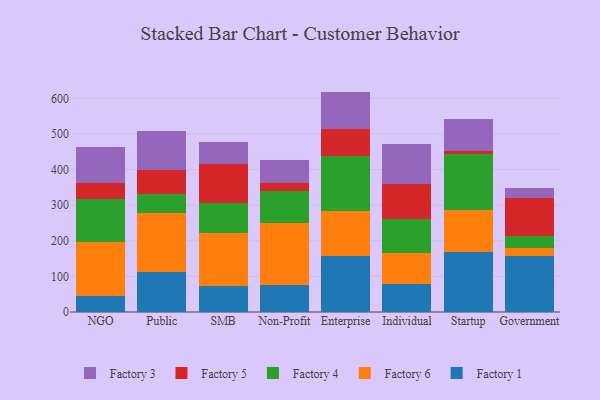
{"axis": {"x": "Segment", "y": "Market Share (%)"}, "legend": ["Factory 1", "Factory 3", "Factory 4", "Factory 5", "Factory 6"], "data": [{"x": "NGO", "y": 46.0, "type": "Factory 1"}, {"x": "NGO", "y": 151.1, "type": "Factory 6"}, {"x": "NGO", "y": 121.1, "type": "Factory 4"}, {"x": "NGO", "y": 43.6, "type": "Factory 5"}, {"x": "NGO", "y": 100.8, "type": "Factory 3"}, {"x": "Public", "y": 111.4, "type": "Factory 1"}, {"x": "Public", "y": 166.1, "type": "Factory 6"}, {"x": "Public", "y": 55.0, "type": "Factory 4"}, {"x": "Public", "y": 65.3, "type": "Factory 5"}, {"x": "Public", "y": 110.8, "type": "Factory 3"}, {"x": "SMB", "y": 73.3, "type": "Factory 1"}, {"x": "SMB", "y": 148.8, "type": "Factory 6"}, {"x": "SMB", "y": 83.6, "type": "Factory 4"}, {"x": "SMB", "y": 109.2, "type": "Factory 5"}, {"x": "SMB", "y": 63.4, "type": "Factory 3"}, {"x": "Non-Profit", "y": 75.1, "type": "Factory 1"}, {"x": "Non-Profit", "y": 175.6, "type": "Factory 6"}, {"x": "Non-Profit", "y": 89.3, "type": "Factory 4"}, {"x": "Non-Profit", "y": 23.3, "type": "Factory 5"}, {"x": "Non-Profit", "y": 63.1, "type": "Factory 3"}, {"x": "Enterprise", "y": 156.9, "type": "Factory 1"}, {"x": "Enterprise", "y": 125.8, "type": "Factory 6"}, {"x": "Enterprise", "y": 154.2, "type": "Factory 4"}, {"x": "Enterprise", "y": 77.1, "type": "Factory 5"}, {"x": "Enterprise", "y": 105.0, "type": "Factory 3"}, {"x": "Individual", "y": 77.6, "type": "Factory 1"}, {"x": "Individual", "y": 88.6, "type": "Factory 6"}, {"x": "Individual", "y": 94.0, "type": "Factory 4"}, {"x": "Individual", "y": 99.2, "type": "Factory 5"}, {"x": "Individual", "y": 112.6, "type": "Factory 3"}, {"x": "Startup", "y": 169.7, "type": "Factory 1"}, {"x": "Startup", "y": 117.8, "type": "Factory 6"}, {"x": "Startup", "y": 156.9, "type": "Factory 4"}, {"x": "Startup", "y": 8.5, "type": "Factory 5"}, {"x": "Startup", "y": 89.9, "type": "Factory 3"}, {"x": "Government", "y": 156.7, "type": "Factory 1"}, {"x": "Government", "y": 22.9, "type": "Factory 6"}, {"x": "Government", "y": 33.7, "type": "Factory 4"}, {"x": "Government", "y": 107.5, "type": "Factory 5"}, {"x": "Government", "y": 26.2, "type": "Factory 3"}]}